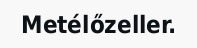
Metélőzeller.